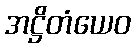
အဋ္ဌိတံယေဝ